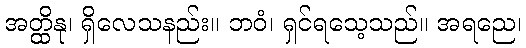
အတ္ထိနု၊ ရှိလေသနည်း။ ဘဝံ၊ ရှင်ရသေ့သည်။ အရညေ၊